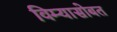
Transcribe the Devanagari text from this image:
विम्यासोबत